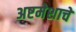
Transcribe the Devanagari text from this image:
अष्टमेशाचे